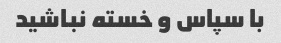
با سپاس و خسته نباشید